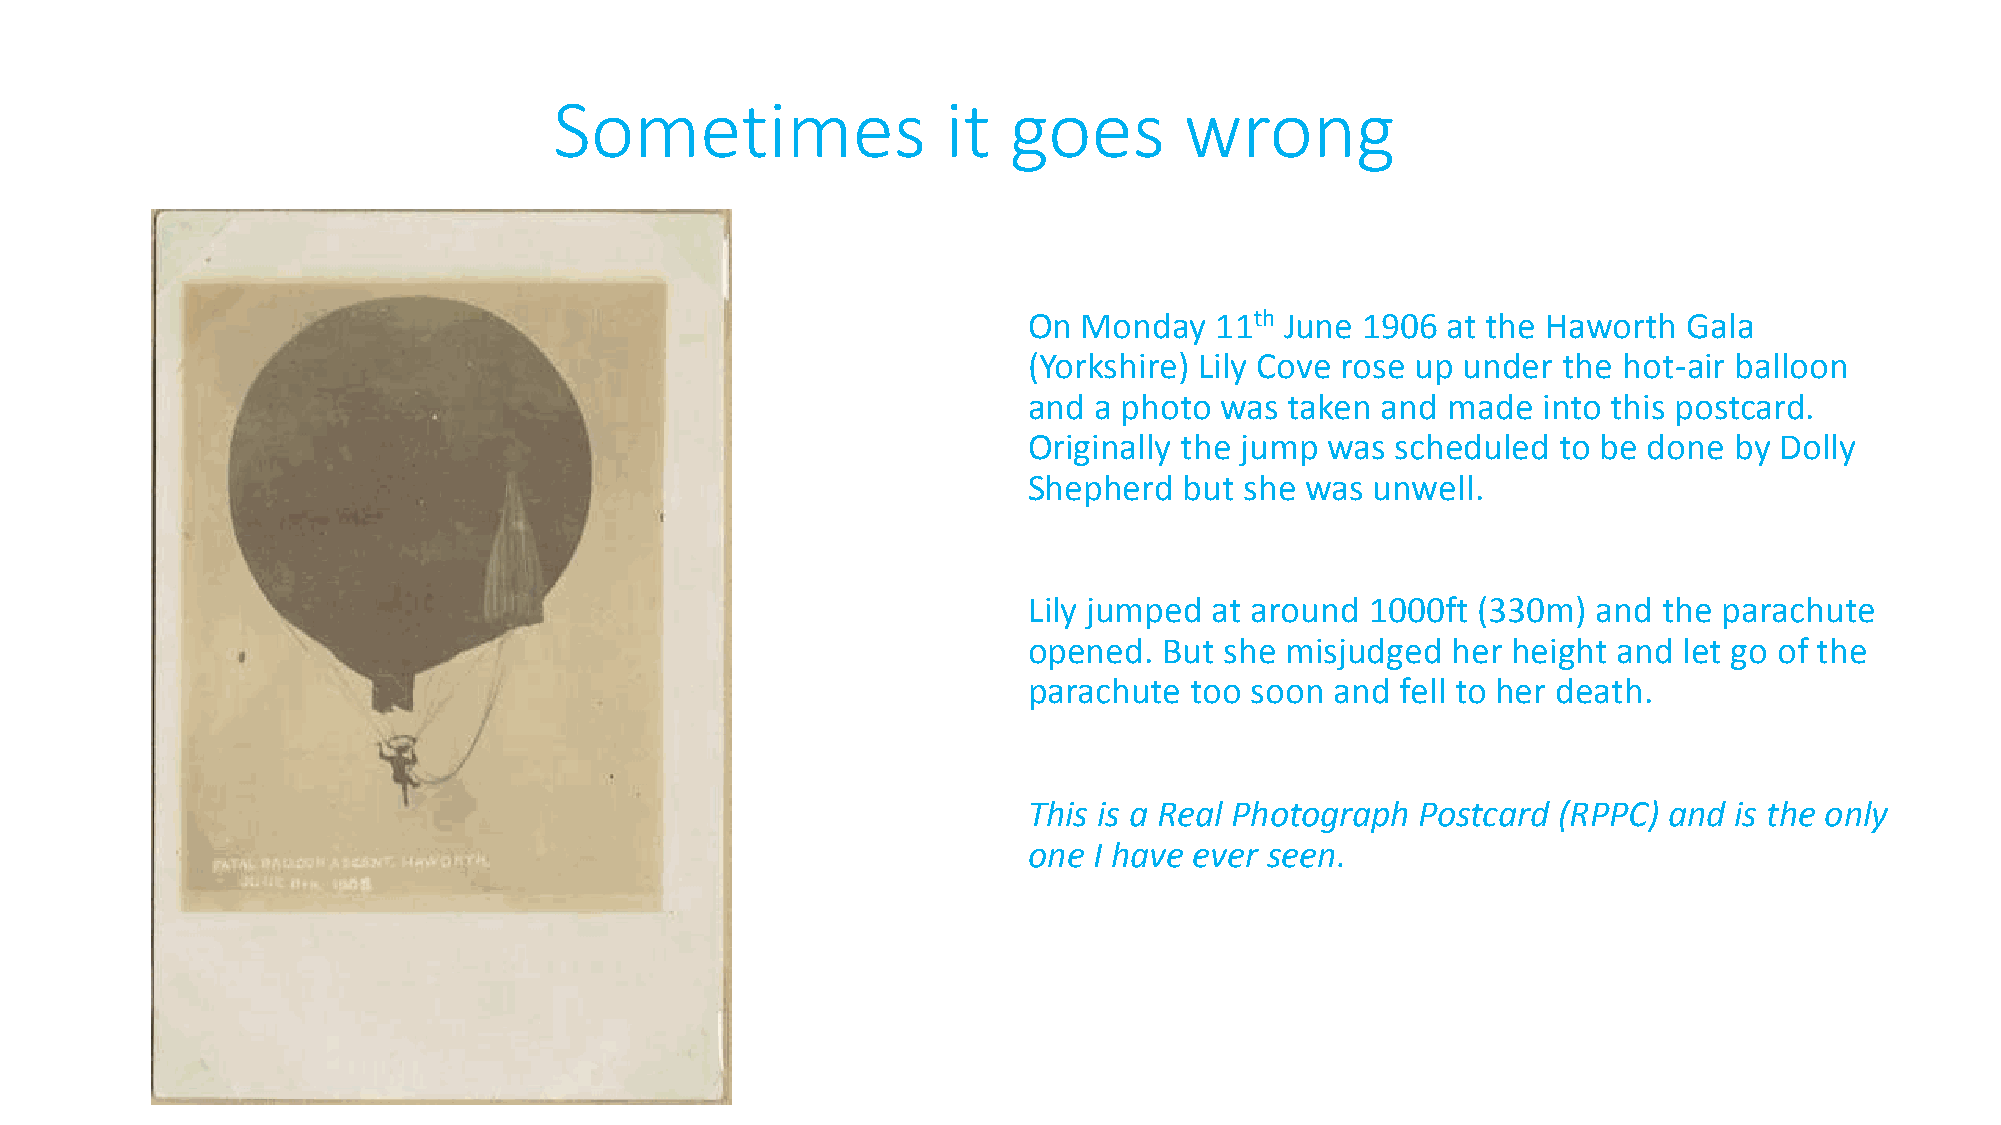
Sometimes                 it  goes       wrong
 On  Monday  11th June 1906  at the Haworth  Gala
 (Yorkshire) Lily Cove rose up under the hot-air balloon
 and a photo  was taken and  made  into this postcard.
 Originally the jump was scheduled  to be done  by Dolly
 Shepherd  but she was  unwell.
 Lily jumped at around  1000ft (330m)  and the parachute
 opened.  But she misjudged  her height and let go of the
 parachute  too soon and  fell to her death.
 This is a Real Photograph Postcard (RPPC) and  is the only
 one I have ever seen.